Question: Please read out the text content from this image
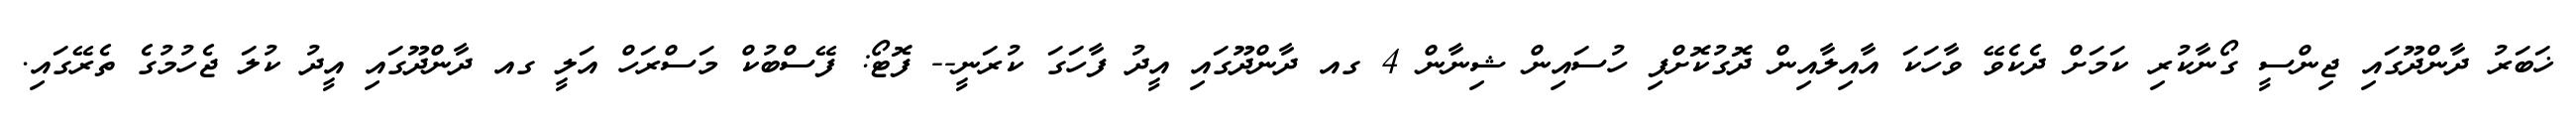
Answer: ޚަބަރު ދާންދޫގައި ޖިންސީ ގޯނާކުރި ކަމަށް ދެކެވޭ ވާހަކަ އާއިލާއިން ދޮގުކޮށްފި ހުސައިން ޝިނާން 4 ގއ ދާންދޫގައި އީދު ފާހަގަ ކުރަނީ-- ފޮޓޯ: ފޭސްބުކް މަސްރަހް އަލީ ގއ ދާންދޫގައި އީދު ކުލަ ޖެހުމުގެ ތެރޭގައި.